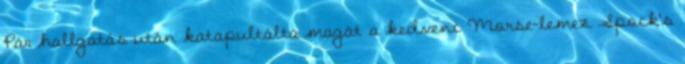
Pár hallgatás után katapultálta magát a kedvenc Morse-lemez Spock’s